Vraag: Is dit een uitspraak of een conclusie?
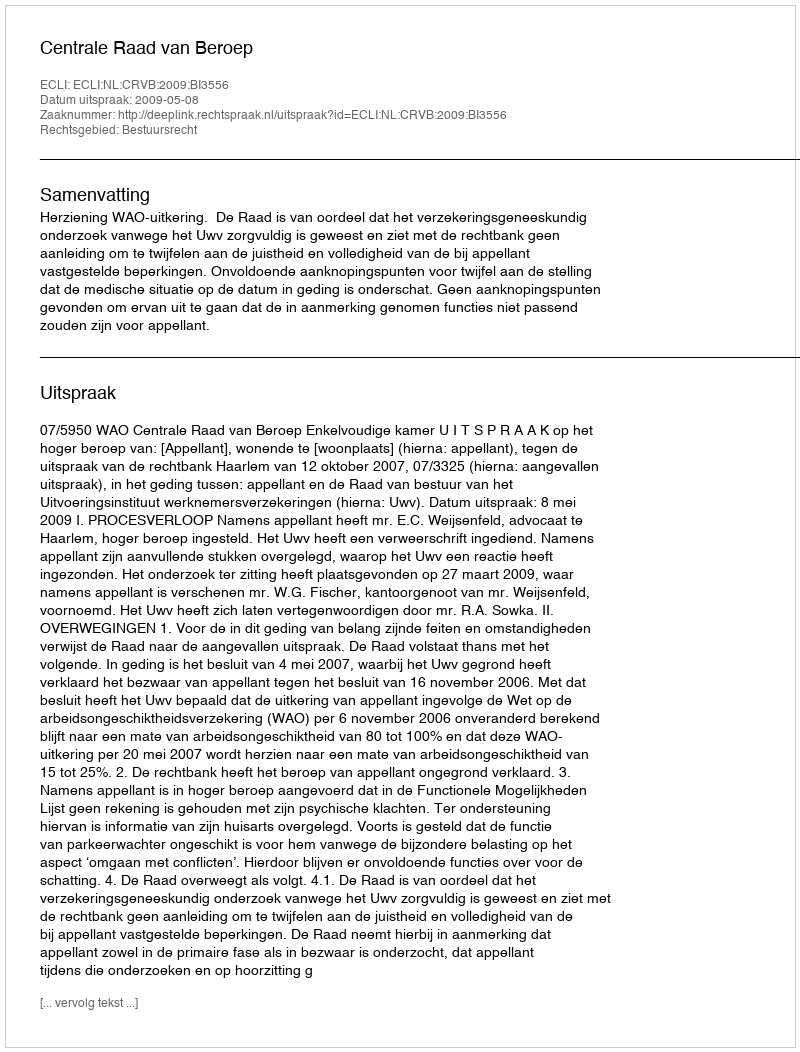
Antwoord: Uitspraak